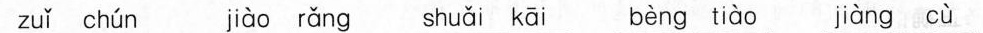
zuǐ chún jiào rǎng shuǎi kāi bèng tiào jiàng cù